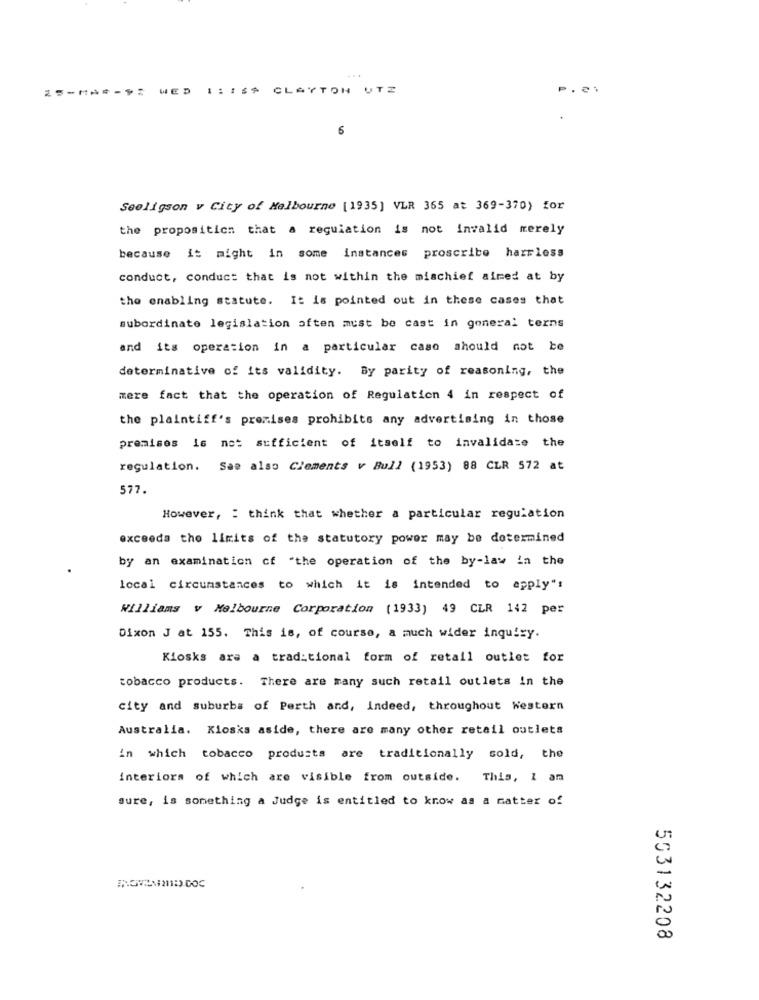
WED
CLAYTON UTE
Seeligson v City of Melbourne [1935] VLR 365 at 369-370) for
the proposition that a requiation is not invalid merely
because it might in some instances proscribe harmless
conduct, conduct that is not within the mischief aimed at by
the enabling statute. It is pointed out in these cases that
subordinate legislation aften must be cast in goneral terns
and its operation in a particular caso should not be
determinative of its validity. By parity of reasoning, the
mere fact that the operation of Regulation 4 in respect of
the plaintiff's promises prohibits any advertising in those
premises is not sufficient of itself to invalidase the
regulation. See also Clements v Bull (1953) 88 CLR 572 at
577.
However, : think that whether a particular regulation
exceeda the limits of the statutory power may be determined
by an examination cf "the operation of the by-law in the
local circumstances to which it is intended to apply"!
Williams v Melbourne Corporation (1933) 49 CLR 142 per
Dixon J at 155. This is, of course, a much wider inquiry.
Kiosks are a traditional form of retail outlet for
tobacco products. There are many such retail outlets in the
city and suburbs of Perth and, indeed, throughout Western
Australia. Kiosks aside, there are many other retail outlets
in which tobacco products are traditionally sold, the
interiors of which are visible from outside. This, 1 an
sure, is something a Judge is entitled to know as a matter of
U
00
503132208